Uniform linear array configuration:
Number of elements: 16
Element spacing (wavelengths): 0.25
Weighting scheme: blackman
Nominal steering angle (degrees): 60
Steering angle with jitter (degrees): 60.35
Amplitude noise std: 0.05
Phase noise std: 0.05

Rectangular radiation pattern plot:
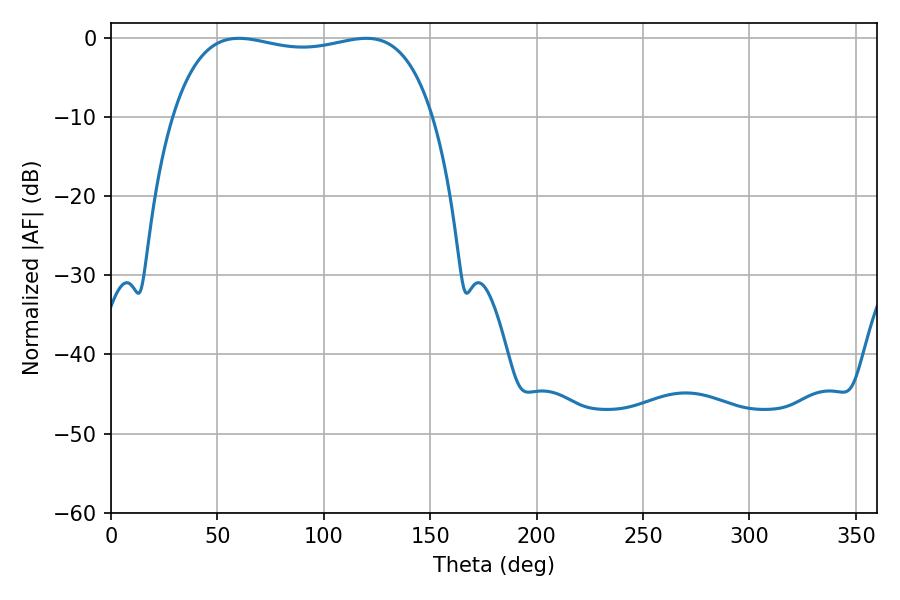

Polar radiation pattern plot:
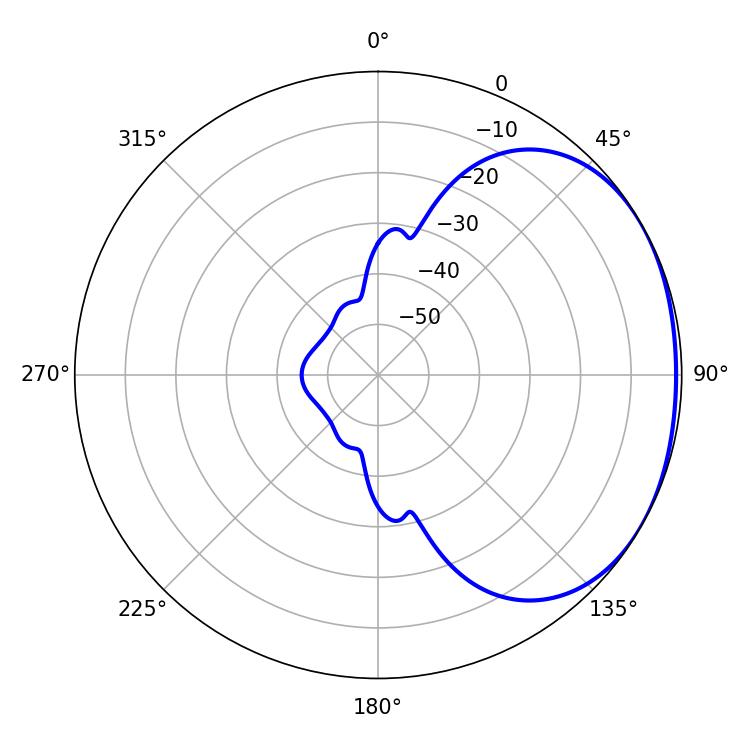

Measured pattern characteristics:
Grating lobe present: FALSE
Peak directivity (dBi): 1.601
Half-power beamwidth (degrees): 99
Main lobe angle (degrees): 60.12